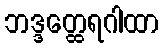
ဘဒ္ဒတ္ထေရဂါထာ